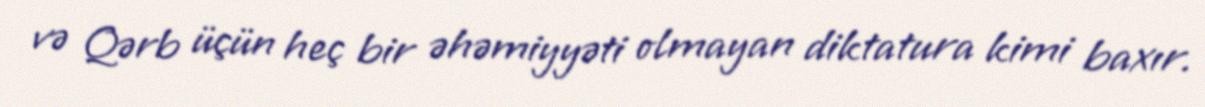
və Qərb üçün heç bir əhəmiyyəti olmayan diktatura kimi baxır.